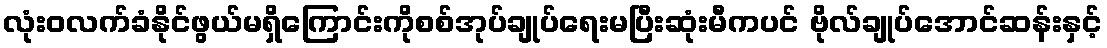
လုံးဝလက်ခံနိုင်ဖွယ်မရှိကြောင်းကိုစစ်အုပ်ချုပ်ရေးမပြီးဆုံးမီကပင် ဗိုလ်ချုပ်အောင်ဆန်းနှင့်